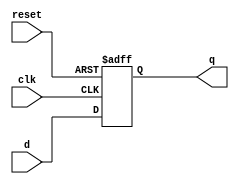
module d_flip_flop (
    input d,
    input clk,
    input reset,
    output reg q
);

always @(posedge clk or posedge reset) begin
    if (reset) begin
        q <= 1'b0; // Reset the flip-flop
    end else begin
        q <= d; // Transfer data on clock edge
    end
end

endmodule